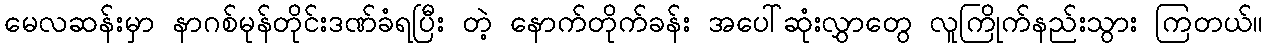
မေလဆန်းမှာ နာဂစ်မုန်တိုင်းဒဏ်ခံရပြီး တဲ့ နောက်တိုက်ခန်း အပေါ်ဆုံးလွှာတွေ လူကြိုက်နည်းသွား ကြတယ်။